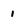
Character: 1